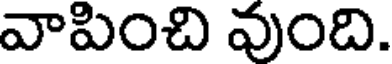
వాపించి వుంది.